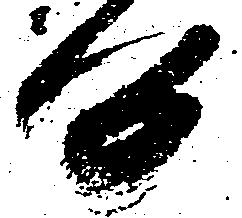
候